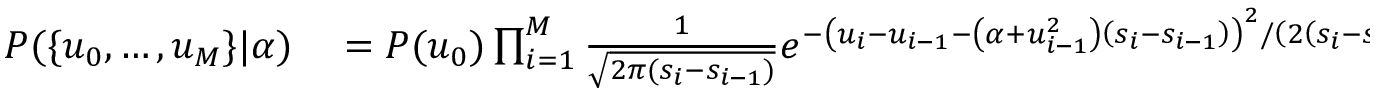
\begin{array} { r l } { P ( \{ u _ { 0 } , \ldots , u _ { M } \} | \alpha ) } & { { } = P ( u _ { 0 } ) \prod _ { i = 1 } ^ { M } \frac { 1 } { \sqrt { 2 \pi ( s _ { i } - s _ { i - 1 } ) } } e ^ { - \left( u _ { i } - u _ { i - 1 } - \left( \alpha + u _ { i - 1 } ^ { 2 } \right) \left( s _ { i } - s _ { i - 1 } \right) \right) ^ { 2 } / \left( 2 \left( s _ { i } - s _ { i - 1 } \right) \right) } = } \end{array}